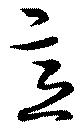
意